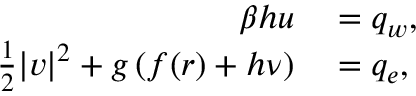
\begin{array} { r l } { \beta h u } & { { } = q _ { w } , } \\ { \frac { 1 } { 2 } | \boldsymbol { v } | ^ { 2 } + g \left( f ( r ) + h \nu \right) } & { { } = q _ { e } , } \end{array}